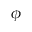
\phi